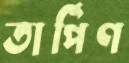
তার্পিণ